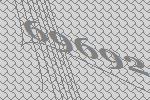
69692